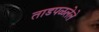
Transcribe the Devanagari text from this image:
ताडपळलेले